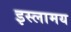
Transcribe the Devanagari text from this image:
इस्लामय